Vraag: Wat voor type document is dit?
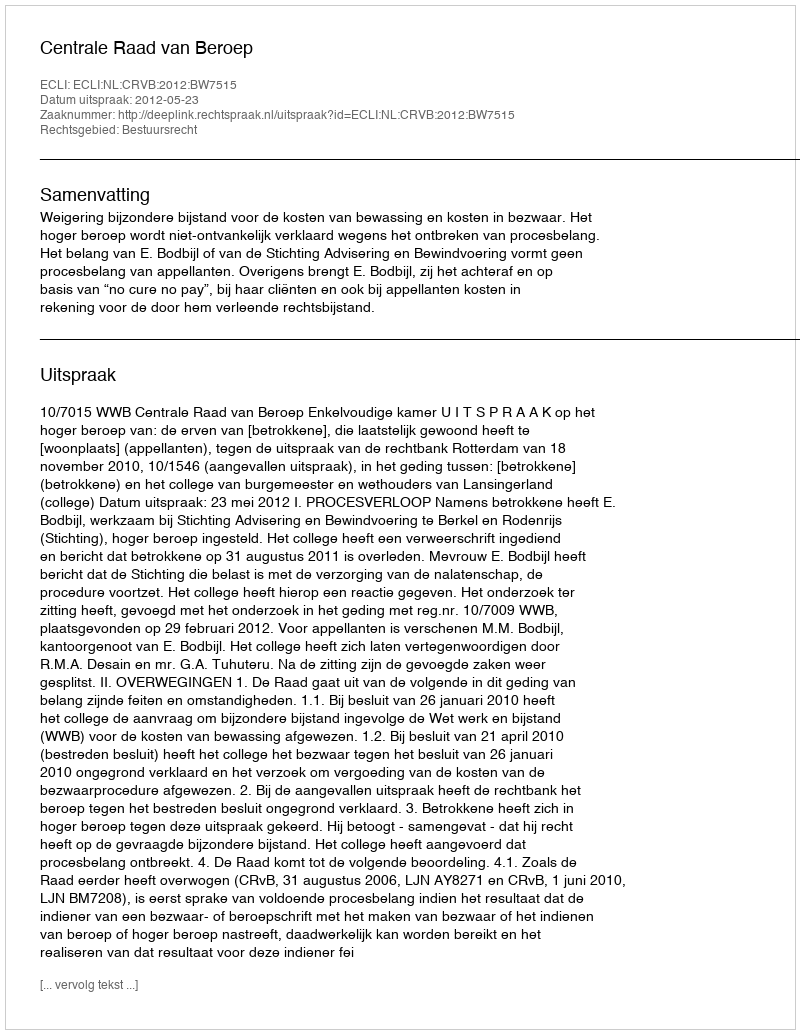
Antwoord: Uitspraak